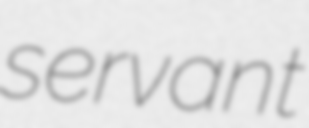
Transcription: servant